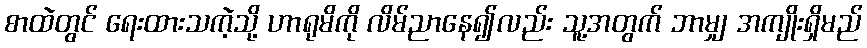
စာထဲတွင် ရေးထားသကဲ့သို့ ဟာရုမိကို လိမ်ညာနေ၍လည်း သူ့အတွက် ဘာမျှ အကျိုးရှိမည်